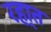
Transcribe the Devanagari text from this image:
रहा्त